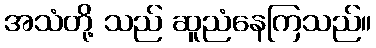
အသံတို့ သည် ဆူညံနေကြသည်။